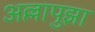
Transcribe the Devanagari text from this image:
अल्लापुझा